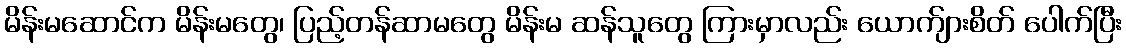
မိန်းမဆောင်က မိန်းမတွေ၊ ပြည့်တန်ဆာမတွေ မိန်းမ ဆန်သူတွေ ကြားမှာလည်း ယောက်ျားစိတ် ပေါက်ပြီး